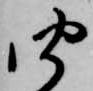
聞